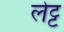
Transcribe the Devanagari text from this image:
लेट्ट